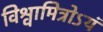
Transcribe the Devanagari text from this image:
विश्वामित्रोऽयं